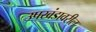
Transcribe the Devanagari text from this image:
उपखंडावरील